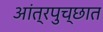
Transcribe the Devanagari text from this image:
आंत्रपुच्छात